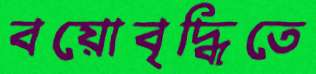
বয়োবৃদ্ধিতে